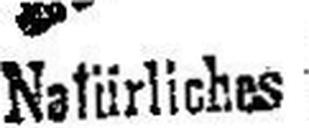
Natürliches